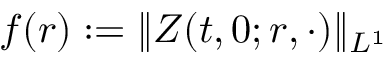
f ( r ) : = \| Z ( t , 0 ; r , \cdot ) \| _ { L ^ { 1 } }